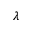
\lambda